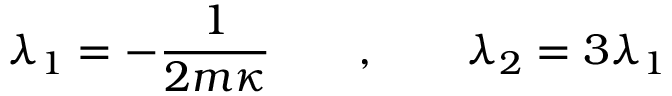
\lambda _ { 1 } = - { \frac { 1 } { 2 m \kappa } } \qquad , \qquad \lambda _ { 2 } = 3 \lambda _ { 1 }